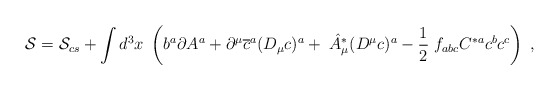
\begin{align*}\mathcal{S}=\mathcal{S}_{cs}+\int d^3x\;\left( b^a\partial A^a+\partial ^\mu \overline{c}^a(D_\mu c)^a+\;\hat{A}_\mu ^{*}(D^\mu c)^a-\frac12\;f_{abc}C^{*a}c^bc^c\right) \;, \end{align*}